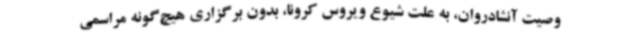
وصیت آنشادروان، به علت شیوع ویروس کرونا، بدون برگزاری هیچ‌گونه مراسمی